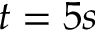
t = 5 s